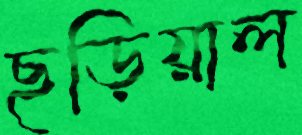
ছড়িয়াল